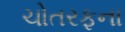
ચોતરફના